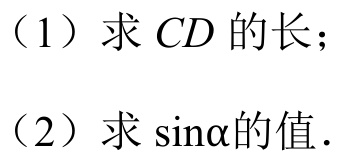
（1）求\(CD\)的长；
（2）求\(\sin\alpha\)的值.